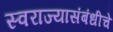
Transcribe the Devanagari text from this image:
स्वराज्यासंबंधीचे